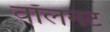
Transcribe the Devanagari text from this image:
वॉलनट